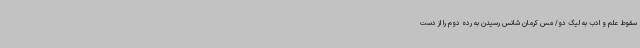
سقوط علم و ادب به لیگ دو/ مس کرمان شانس رسیدن به رده دوم را از دست